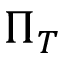
\Pi _ { T }